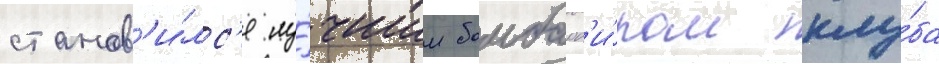
станов'и́лс'я лу́чшим бомбард'и́ром клу́ба